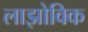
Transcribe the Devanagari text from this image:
लाझोविक